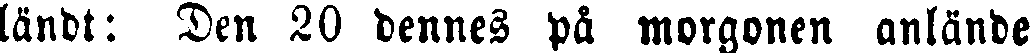
ländt: Den 20 dennes på morgonen anlände